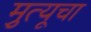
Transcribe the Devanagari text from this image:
मृुत्यूचा